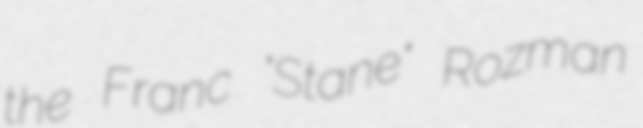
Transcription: the Franc "Stane" Rozman